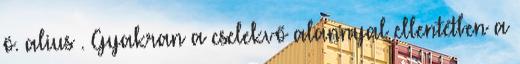
ö. alius . Gyakran a cselekvő alannyal ellentétben a